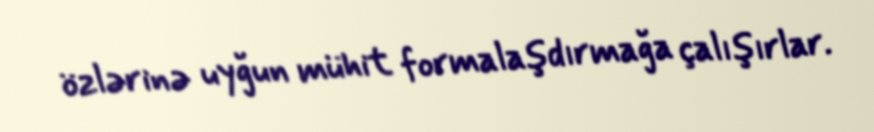
özlərinə uyğun mühit formalaşdırmağa çalışırlar.